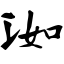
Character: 洳